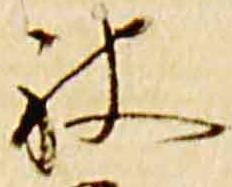
被